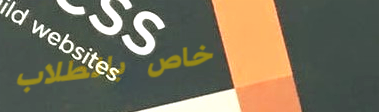
خاص بالطلاب